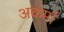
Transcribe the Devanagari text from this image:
अकर्मा